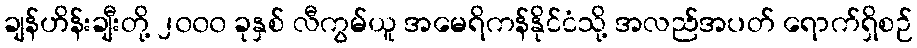
ချန်ဟိန်းချီးတို့ ၂၀၀၀ ခုနှစ် လီကွမ်ယူ အမေရိကန်နိုင်ငံသို့ အလည်အပတ် ရောက်ရှိစဉ်